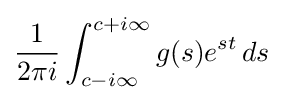
{\frac {1}{2\pi i}}\int _{c-i\infty }^{c+i\infty }g(s)e^{st}\,ds